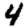
Digit: 4